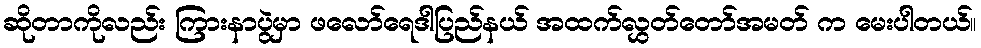
ဆိုတာကိုလည်း ကြားနာပွဲမှာ ဖလော်ရေဒါပြည်နယ် အထက်လွှတ်တော်အမတ် က မေးပါတယ်။